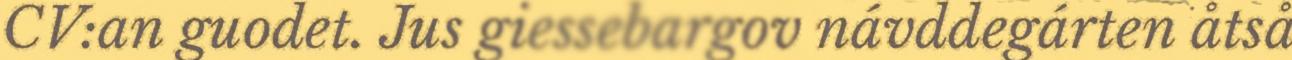
CV:an guodet. Jus giessebargov návddegárten åtså